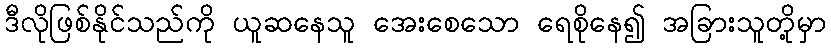
ဒီလိုဖြစ်နိုင်သည်ကို ယူဆနေသူ အေးစေသော ရေစိုနေ၍ အခြားသူတို့မှာ